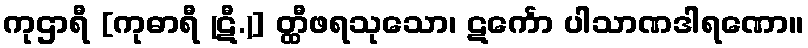
ကုဌာရီ [ကုဓာရီ (ဋီ.)] တ္ထီဖရသုသော၊ ဋင်္ကော ပါသာဏဒါရဏော။